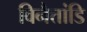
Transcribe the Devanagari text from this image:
विनैत्तांडि